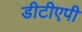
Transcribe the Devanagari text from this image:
डीटीएपी